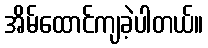
အိမ်ထောင်ကျခဲ့ပါတယ်။